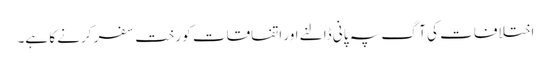
اختلافات کی آگ پہ پانی ڈالنے اور اتفاقات کو رختِ سفر کرنے کا ہے۔